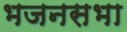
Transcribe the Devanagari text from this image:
भजनसभा